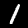
Digit: 1